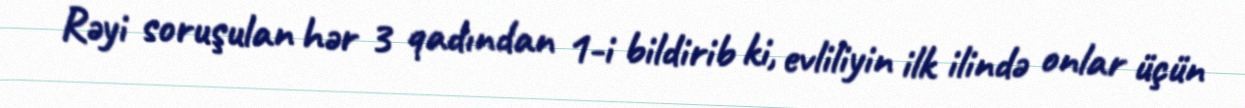
Rəyi soruşulan hər 3 qadından 1-i bildirib ki, evliliyin ilk ilində onlar üçün